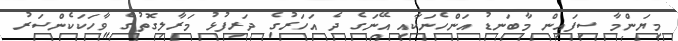
މިޔަންމާ ސިފައިން މާބަނޑު އަންހެނަކާއި އޭނަގެ ދެ އަހަރުގެ ދަރިފުޅު މަރާލިގޮތުގެ ވާހަކަކެންސަރު